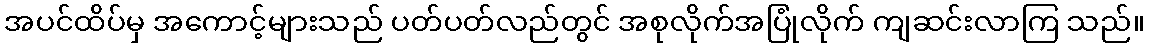
အပင်ထိပ်မှ အကောင့်များသည် ပတ်ပတ်လည်တွင် အစုလိုက်အပြုံလိုက် ကျဆင်းလာကြ သည်။